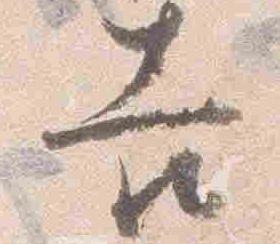
吉